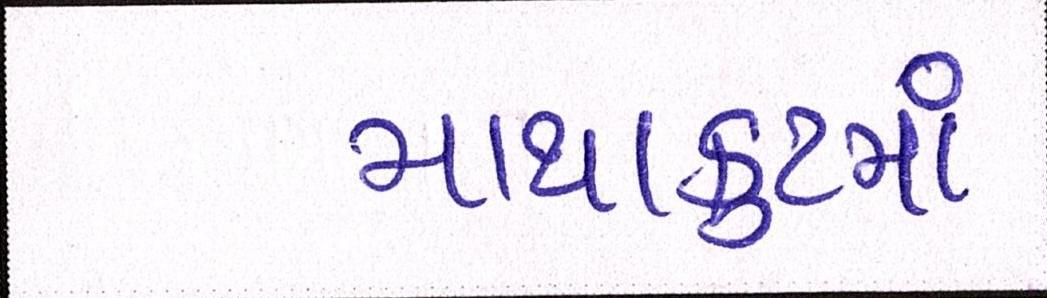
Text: માથાકુટમાં